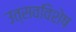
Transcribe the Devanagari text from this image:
उत्सवविशेष